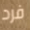
فرد